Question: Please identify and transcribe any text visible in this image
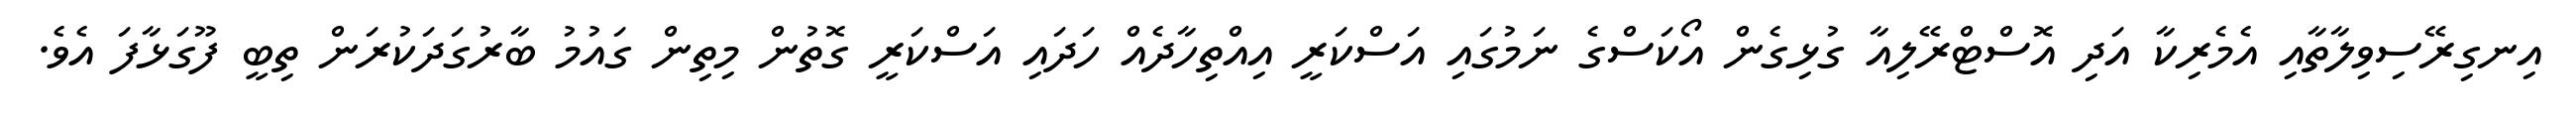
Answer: އިނގިރޭސިވިލާތާއި އެމެރިކާ އަދި އޮސްޓްރޭލިއާ ގުޅިގެން އޯކަސްގެ ނަމުގައި އަސްކަރީ އިއްތިހާދެއް ހަދައި އަސްކަރީ ގޮތުން މިތިން ގައުމު ބާރުގަދަކުރަން ތިބީ ފޫގަޅާފަ އެވެ.